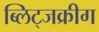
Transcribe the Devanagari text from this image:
ब्लिट्जक्रीग